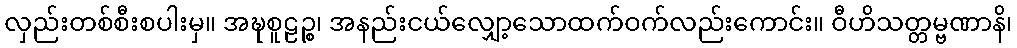
လှည်းတစ်စီးစပါးမှ။ အဍ္ဎစူဠဉ္စ၊ အနည်းငယ်လျှော့သောထက်ဝက်လည်းကောင်း။ ဝီဟိသတ္တမ္ဗဏာနိ၊